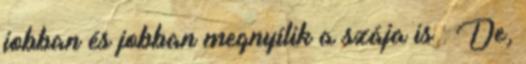
jobban és jobban megnyílik a szája is : De,